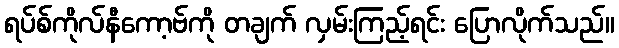
ရပ်စ်ကိုလ်နီကော့ဗ်ကို တချက် လှမ်းကြည့်ရင်း ပြောလိုက်သည်။